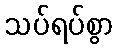
သပ်ရပ်စွာ